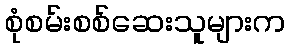
စုံစမ်းစစ်ဆေးသူများက